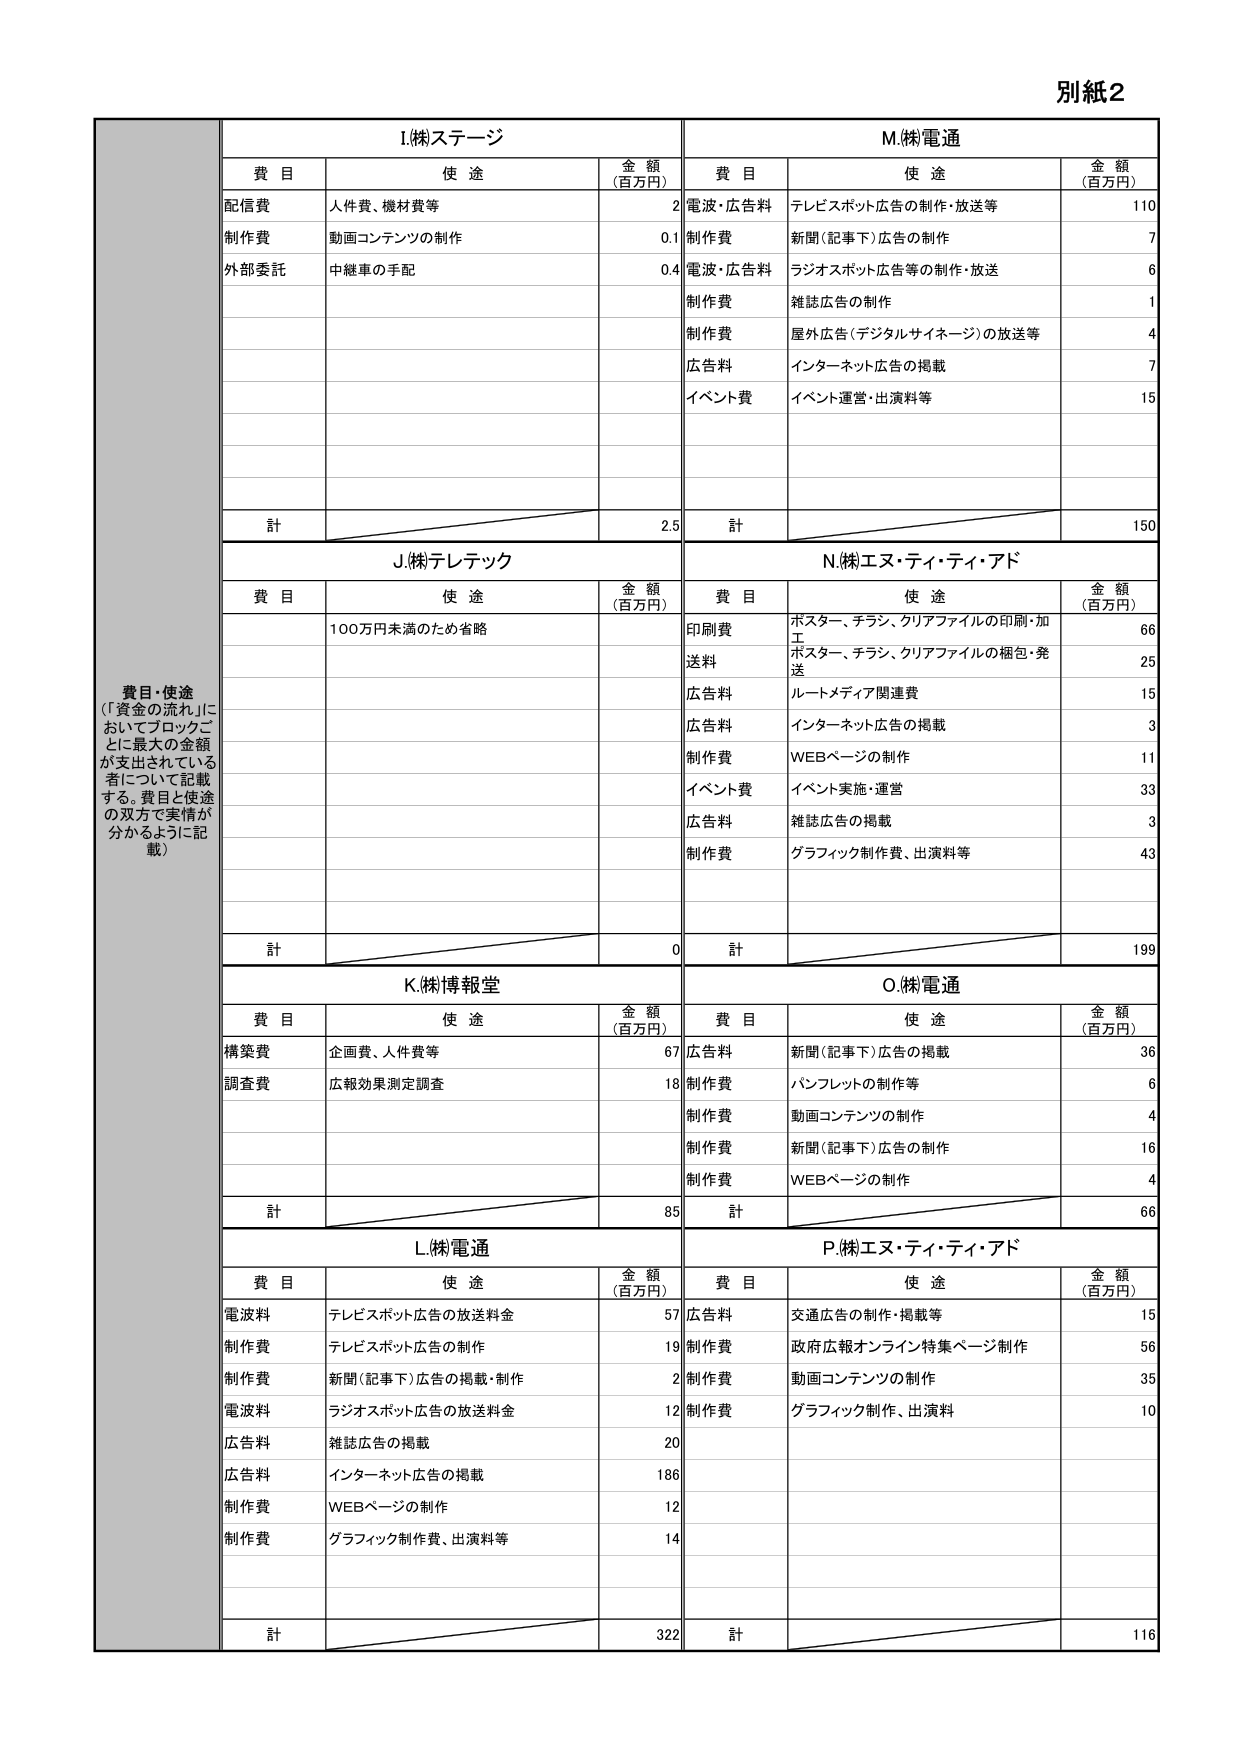
別紙2

費目・使途
（「資金の流れ」においてブロックごとに最大の金額が支出されている者について記載する。費目と使途の双方で実情が分かるように記載）

I.㈱ステージ
費目　　使途　　　　　　　　金額（百万円）
配信費　人件費、機材費等　　　2
制作費　動画コンテンツの制作　0.1
外部委託　中継車の手配　　　　0.4
計　　　　　　　　　　　　　2.5

J.㈱テレテック
費目　　使途　　　　　　　　金額（百万円）
100万円未満のため省略
計　　　　　　　　　　　　　0

K.㈱博報堂
費目　　使途　　　　　　　　金額（百万円）
構築費　企画費、人件費等　　　67
調査費　広報効果測定調査　　　18
計　　　　　　　　　　　　　85

L.㈱電通
費目　　使途　　　　　　　　金額（百万円）
電波料　テレビスポット広告の放送料金　57
制作費　テレビスポット広告の制作　　19
制作費　新聞（記事下）広告の掲載・制作　2
電波料　ラジオスポット広告の放送料金　12
広告料　雑誌広告の掲載　　　　　　20
広告料　インターネット広告の掲載　　186
制作費　WEBページの制作　　　　　　12
制作費　グラフィック制作費、出演料等　14
計　　　　　　　　　　　　　322

M.㈱電通
費目　　使途　　　　　　　　金額（百万円）
電波・広告料　テレビスポット広告の制作・放送等　110
制作費　新聞（記事下）広告の制作　　　　　　7
電波・広告料　ラジオスポット広告等の制作・放送　6
制作費　雑誌広告の制作　　　　　　　　　　1
制作費　屋外広告（デジタルサイネージ）の放送等　4
広告料　インターネット広告の掲載　　　　　　7
イベント費　イベント運営・出演料等　　　　　15
計　　　　　　　　　　　　　150

N.㈱エヌ・ティ・ティ・アド
費目　　使途　　　　　　　　金額（百万円）
印刷費　ポスター、チラシ、クリアファイルの印刷・加工　66
送料　ポスター、チラシ、クリアファイルの梱包・発送　25
広告料　ルートメディア関連費　　　　　　　　15
広告料　インターネット広告の掲載　　　　　　3
制作費　WEBページの制作　　　　　　　　　　11
イベント費　イベント実施・運営　　　　　　　33
広告料　雑誌広告の掲載　　　　　　　　　　3
制作費　グラフィック制作費、出演料等　　　　　43
計　　　　　　　　　　　　　199

O.㈱電通
費目　　使途　　　　　　　　金額（百万円）
広告料　新聞（記事下）広告の掲載　　　　　　36
制作費　パンフレットの制作等　　　　　　　　6
制作費　動画コンテンツの制作　　　　　　　　4
制作費　新聞（記事下）広告の制作　　　　　　16
制作費　WEBページの制作　　　　　　　　　　4
計　　　　　　　　　　　　　66

P.㈱エヌ・ティ・ティ・アド
費目　　使途　　　　　　　　金額（百万円）
広告料　交通広告の制作・掲載等　　　　　　15
制作費　政府広報オンライン特集ページ制作　56
制作費　動画コンテンツの制作　　　　　　　35
制作費　グラフィック制作、出演料　　　　　10
計　　　　　　　　　　　　　116